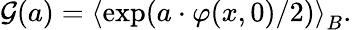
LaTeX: \mathcal{G}(a)=\left\langle\exp(a\cdot\varphi(x,0)/2)\right\rangle_{B}.